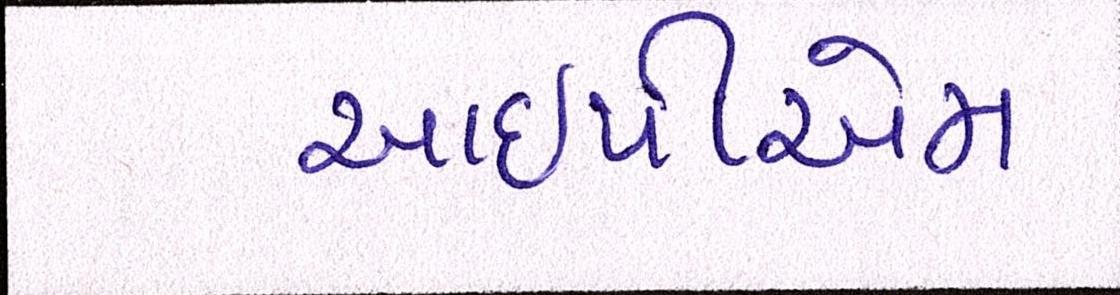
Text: આઇપીએમ